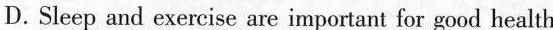
D.Sleep and exercise are important for good health